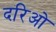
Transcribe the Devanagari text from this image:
दरिओ